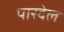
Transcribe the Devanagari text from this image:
पारदेल